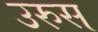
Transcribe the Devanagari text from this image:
उरुस